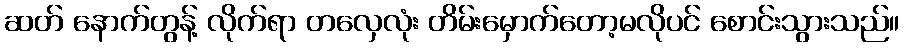
ဆတ် နောက်တွန့် လိုက်ရာ တလှေလုံး တိမ်းမှောက်တော့မလိုပင် စောင်းသွားသည်။